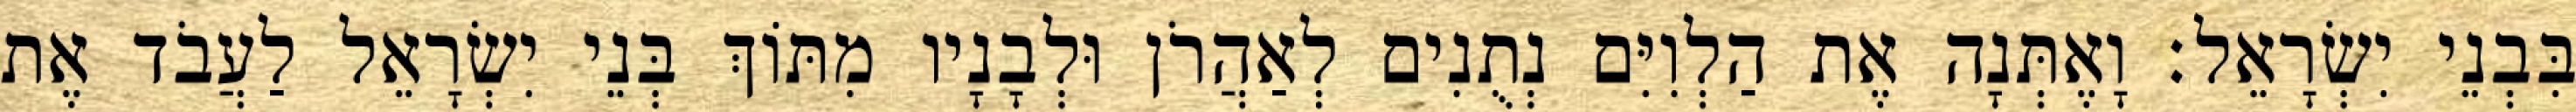
בִּבְנֵי יִשְׂרָאֵל׃ וָאֶתְּנָה אֶת הַלְוִיִּם נְתֻנִים לְאַהֲרֹן וּלְבָנָיו מִתּוֹךְ בְּנֵי יִשְׂרָאֵל לַעֲבֹד אֶת